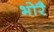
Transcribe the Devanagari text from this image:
भोरै